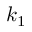
k _ { 1 }